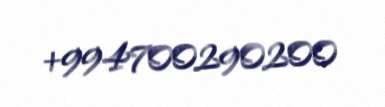
+994700290200